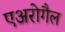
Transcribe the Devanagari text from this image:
एअरोगैल